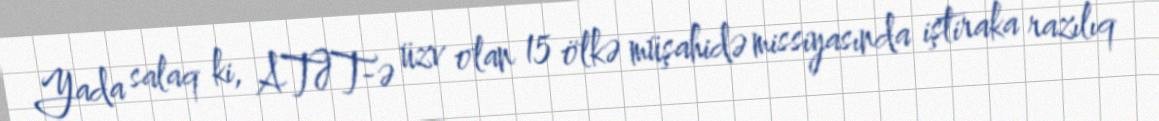
Yada salaq ki, ATƏT-ə üzv olan 15 ölkə müşahidə missiyasında iştiraka razılıq